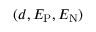
( d , E _ { \mathrm { P } } , E _ { \mathrm { N } } )